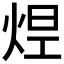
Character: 𤉊